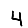
Digit: 4